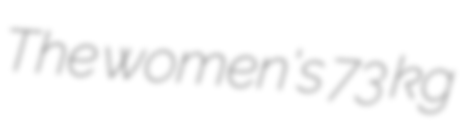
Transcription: The women's 73 kg